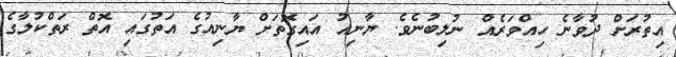
އިތުރަށް ދުވާނެ ހިއްވަރެއް ނުލިބުނެވެ. ޔާނިއު އައިގޮތަށް ޔާނިއުގެ އަތުގައި އޮތް ރަތްކުލާގެ